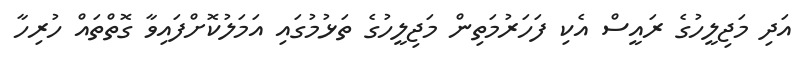
އަދި މަޖިލީހުގެ ރައީސް އެކި ފަހަރުމަތިން މަޖިލީހުގެ ތަޅުމުގައި އަމަލުކޮށްފައިވާ ގޮތްތައް ހުރިހާ